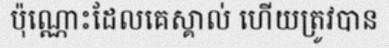
ប៉ុណ្ណោះដែលគេស្គាល់ ហើយត្រូវបាន